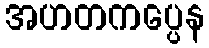
အဟတကပ္ပေန